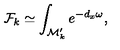
{ \cal F } _ { k } \simeq \int _ { { \cal M } _ { k } ^ { \prime } } e ^ { - d _ { x } \omega } ,